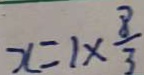
x = 1 \times \frac { 8 } { 3 }